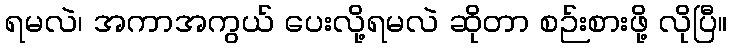
ရမလဲ၊ အကာအကွယ် ပေးလို့ရမလဲ ဆိုတာ စဉ်းစားဖို့ လိုပြီ။